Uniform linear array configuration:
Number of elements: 16
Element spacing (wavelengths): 0.25
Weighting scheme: exponential
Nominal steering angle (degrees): -30
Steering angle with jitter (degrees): -29.426
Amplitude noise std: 0.05
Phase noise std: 0.05

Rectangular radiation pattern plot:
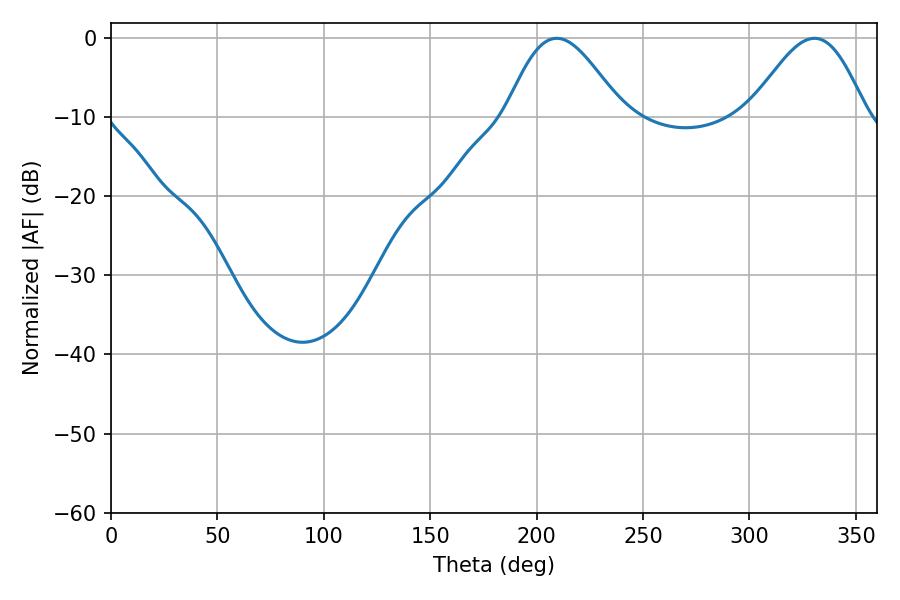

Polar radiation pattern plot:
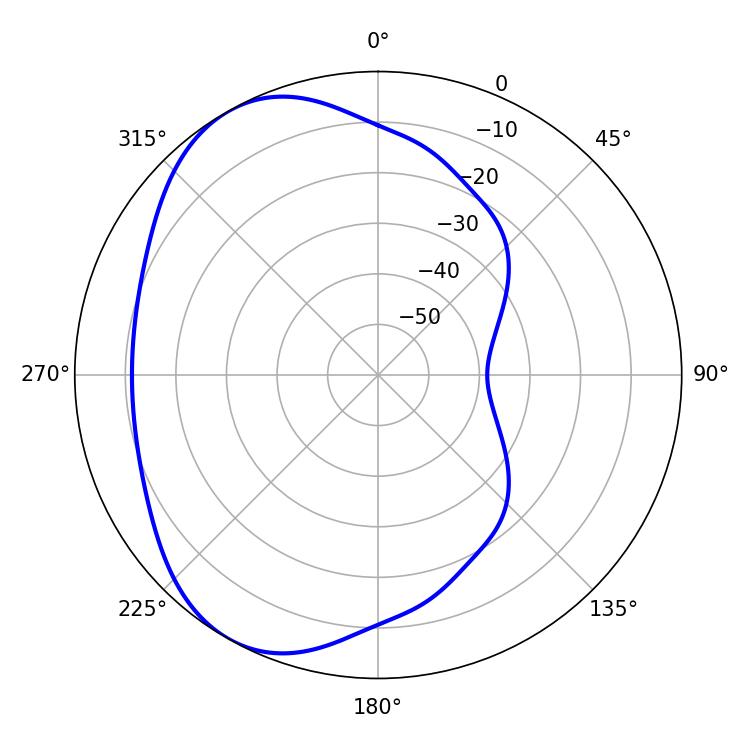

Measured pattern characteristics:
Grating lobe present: FALSE
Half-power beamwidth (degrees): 28.98
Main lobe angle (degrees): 209.52